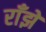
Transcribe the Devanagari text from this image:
राँझे